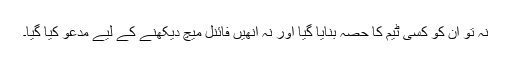
نہ تو ان کو کسی ٹیم کا حصہ بنایا گیا اور نہ انھیں فائنل میچ دیکھنے کے لیے مدعو کیا گیا۔